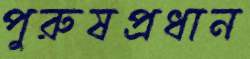
পুরুষপ্রধান